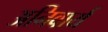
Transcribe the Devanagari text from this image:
अनिवार्य